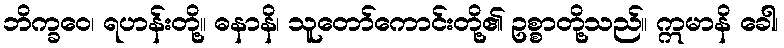
ဘိက္ခဝေ၊ ရဟန်းတို့။ ဓနာနိ၊ သူတော်ကောင်းတို့၏ ဥစ္စာတို့သည်။ ဣမာနိ ခေါ၊